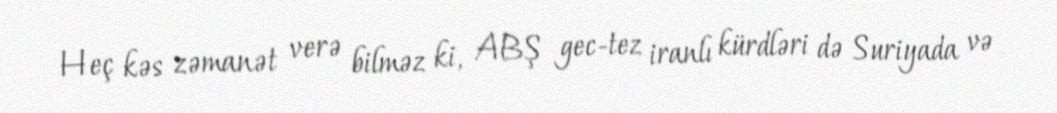
Heç kəs zəmanət verə bilməz ki, ABŞ gec-tez iranlı kürdləri də Suriyada və